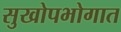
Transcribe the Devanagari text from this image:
सुखोपभोगात